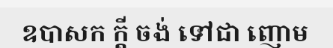
ឧបាសក ក្តី ចង់ ទៅជា ញោម